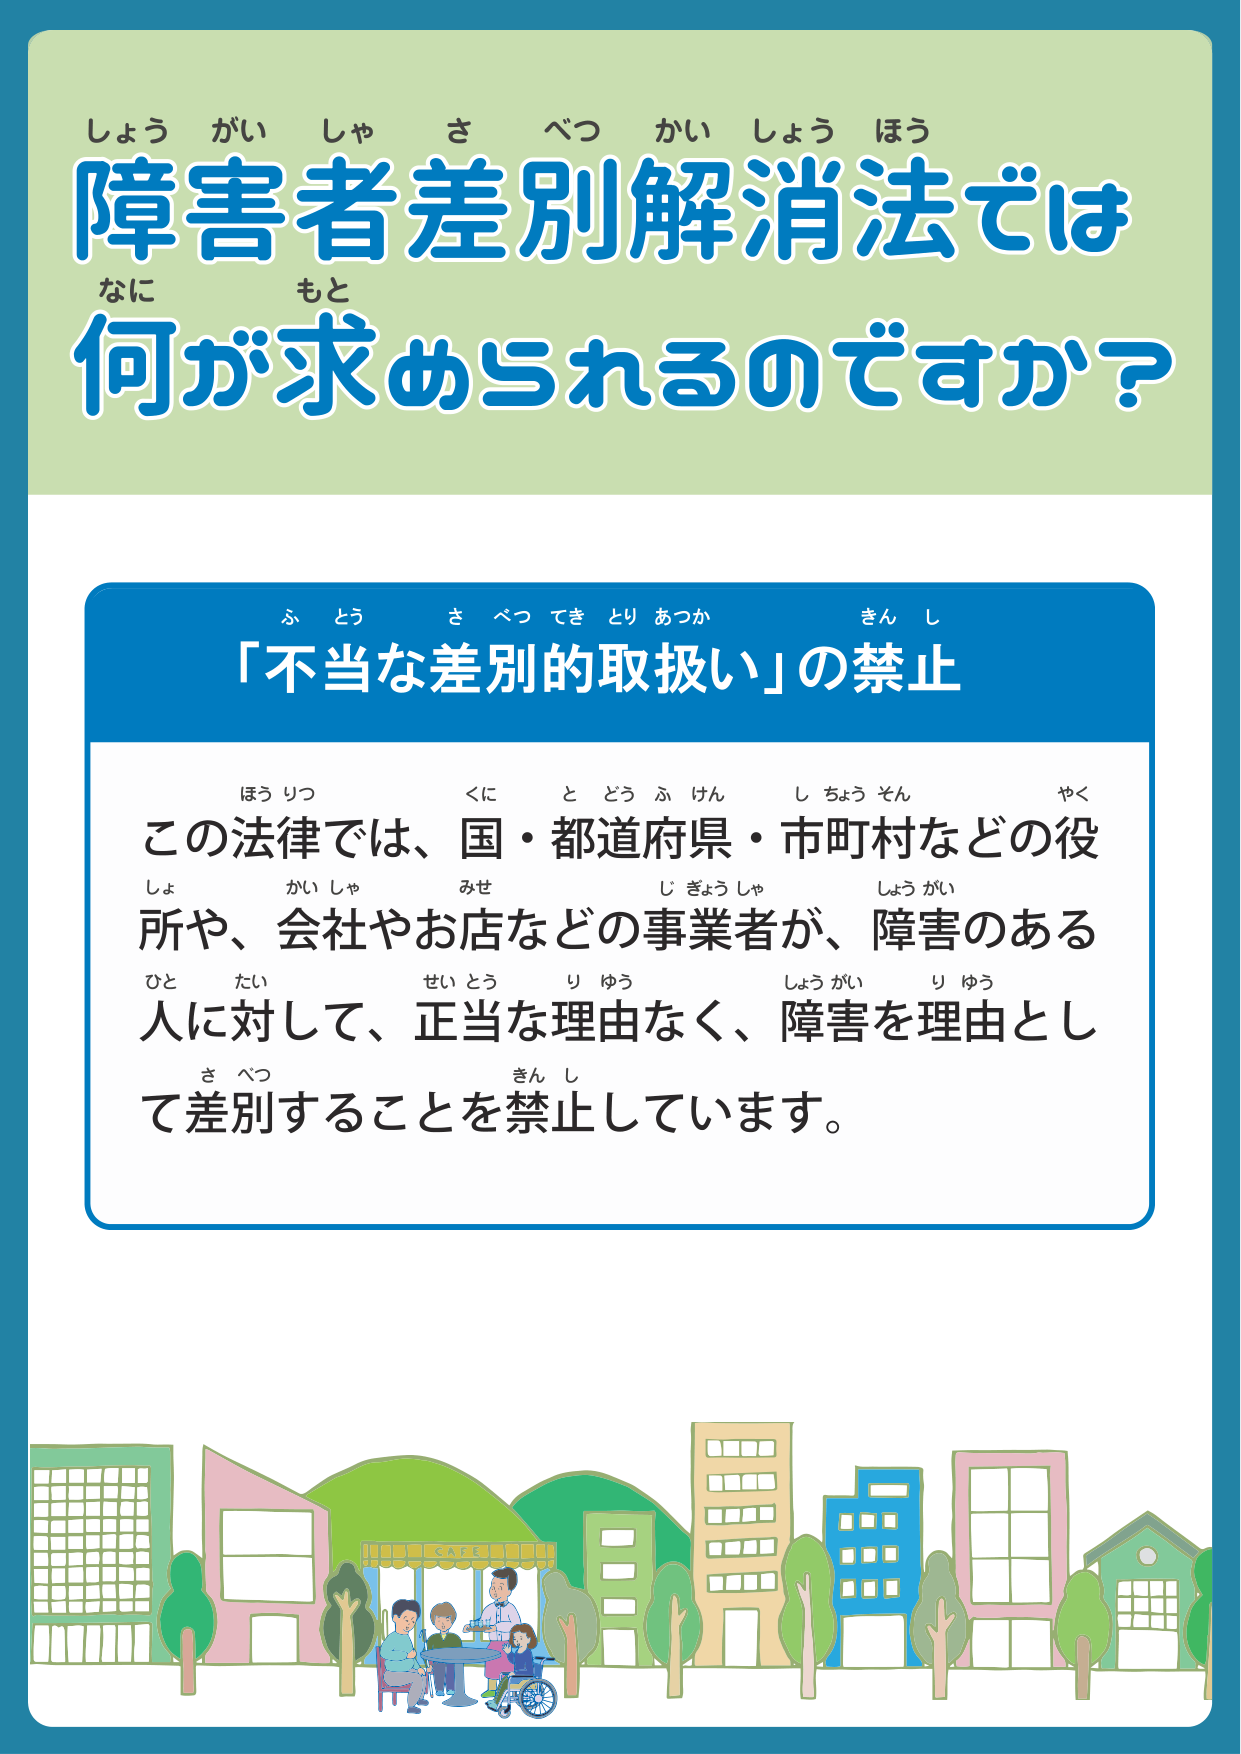
しょうがいしゃさべつかいしょうほう
障害者差別解消法では
なに もと
何が求められるのですか？

ふとう さべつてきとりあつか きんし
「不当な差別的取扱い」の禁止

ほりつ くに とどうふけん しちょうそん やく
この法律では、国・都道府県・市町村などの役
しょ かいしゃ みせ じぎょうしゃ しょうがい
所や、会社やお店などの事業者が、障害のある
ひと たい せとう りゆう しょうがい りゆう
人に対して、正当な理由なく、障害を理由とし
さべつ きんし
て差別することを禁止しています。